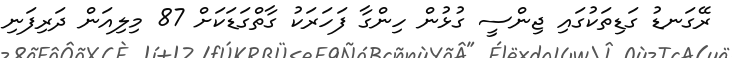
ރޭގަނޑު ގަޑިތަކުގައި ޖިންސީ ގުޅުން ހިންގާ ފަހަރަކު ގާތްގަޑަކަށް 87 މިލިއަން ދަރިފަނި